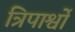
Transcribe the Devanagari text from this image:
त्रिपार्श्वो